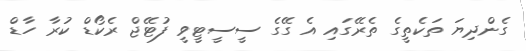
ގެންދިޔަ ތަކެތީގެ ތެރޭގައި އެ ގޭގެ ސީސީޓީވީ ފުޓޭޖް ރެކޯޑް ކުރާ ހާޑް